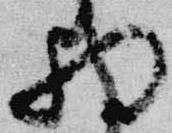
将